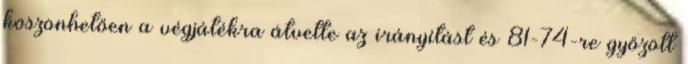
köszönhetően a végjátékra átvette az irányítást és 81-74-re győzött